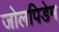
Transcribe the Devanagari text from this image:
जोलपिडेम